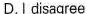
D.I disagree